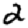
Digit: 2